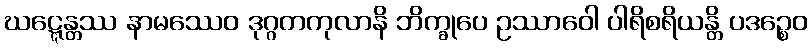
ဃဋ္ဋေန္တဿ နာမဿေဝ ဒုဂ္ဂတကုလာနိ ဘိက္ခုပေ ဥဿာဝေါ ပါရိစရိယန္တိ ပဒဉ္စေဝ